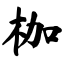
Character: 枷